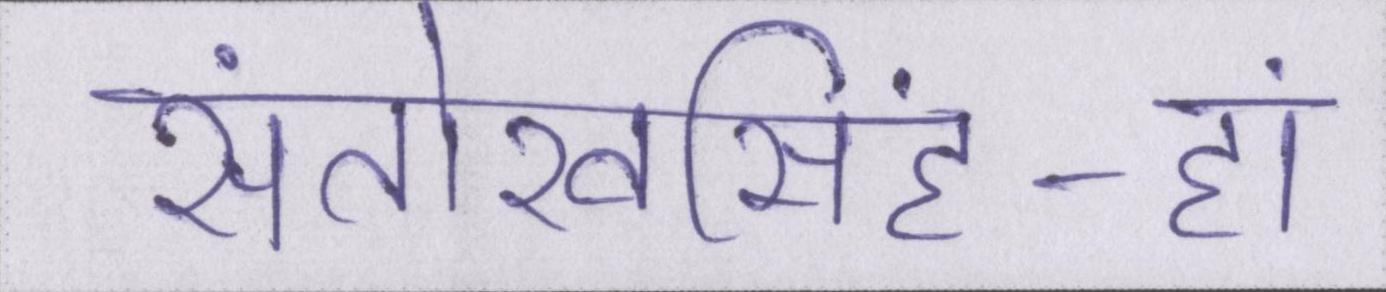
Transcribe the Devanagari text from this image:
संतोखसिंह-हां